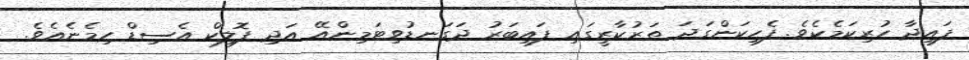
ފައިދާ ހުރިކަމެކެވެ. ފެހިކަންގަދަ ތަރުކާރީގައި ފައިބަރު ދަގަނޑުވިޓަމިންއޭ އަދި ފޮލިކް އެސިޑް ހިމެނެއެވެ.